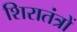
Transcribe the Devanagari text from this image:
शिरातंत्रों